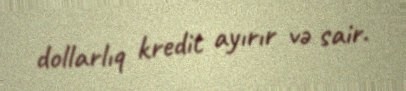
dollarlıq kredit ayırır və sair.